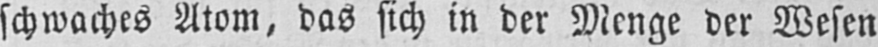
schwaches Atom, das sich in der Menge der Wesen